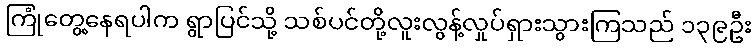
ကြုံတွေ့နေရပါက ရွာပြင်သို့ သစ်ပင်တို့လူးလွန့်လှုပ်ရှားသွားကြသည် ၁၃၉ဦး